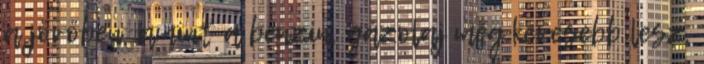
a jövőben, amint a benzin, gázolaj még kevesebb lesz,